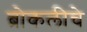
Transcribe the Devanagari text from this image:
ब्रोकलीचे